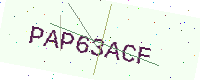
Text: PAP63ACF